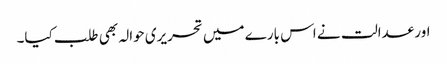
اور عدالت نے اس بارے میں تحریری حوالہ بھی طلب کیا۔